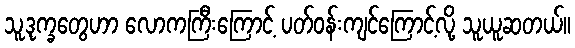
သူ့ဒုက္ခတွေဟာ လောကကြီးကြောင့် ပတ်ဝန်းကျင်ကြောင့်လို့ သူယူဆတယ်။